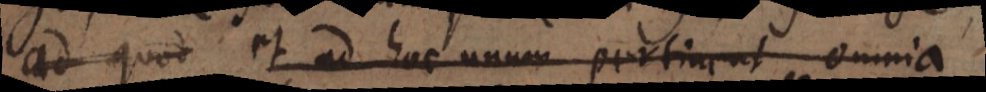
ad quod et ad hoc unum pertinent omnia